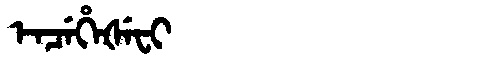
Manchu: ᡝᠨᠴᡝᡥᡝᡧᡝᠸᡳ
Romanization: ENCEHEŠEFI